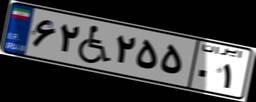
۶۲W۲۵۵۰۱